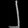
Digit: ၂